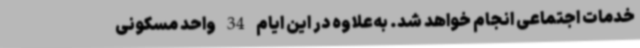
خدمات اجتماعی انجام خواهد شد. به‌علاوه در این ایام 34 واحد مسکونی